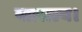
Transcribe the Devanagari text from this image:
वात्सल्य।